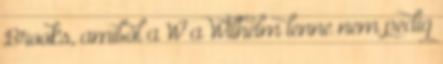
Brooks, amiből a W a Wilhelm lenne nem pedig